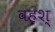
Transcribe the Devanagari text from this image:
वहश्